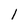
Character: l